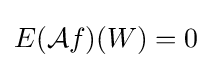
E({\mathcal {A}}f)(W)=0